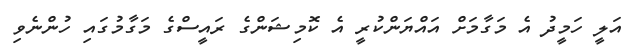
އަލީ ހަމީދު އެ މަގާމަށް އައްޔަންކުރީ އެ ކޮމިޝަންގެ ރައީސްގެ މަގާމުގައި ހުންނެވި